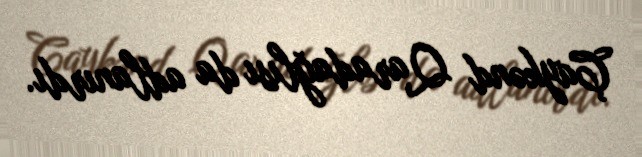
Çaykənd Qaradağlısı da adlanırdı.